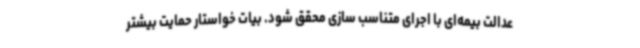
عدالت بیمه‌ای با اجرای متناسب سازی محقق شود. بیات خواستار حمایت بیشتر